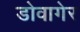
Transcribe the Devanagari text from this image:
डोवागेर